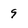
Character: 9